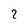
Character: 7